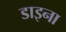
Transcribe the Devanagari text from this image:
डाइना